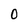
Character: 0